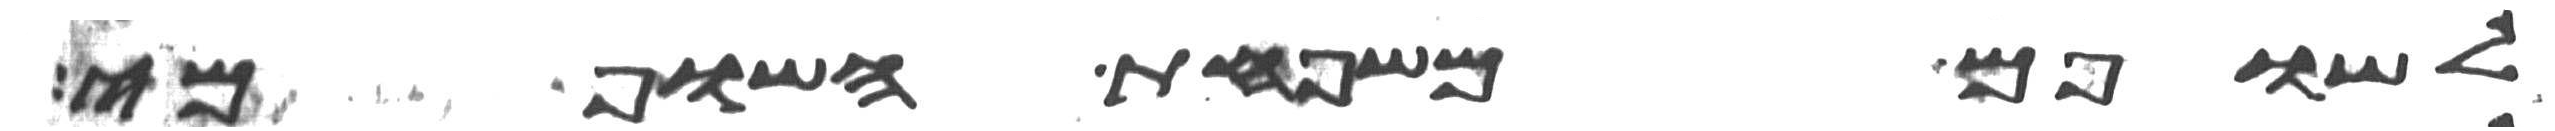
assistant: לשופם משפחת השופמי